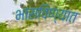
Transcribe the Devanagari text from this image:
भासविण्यात